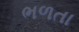
ભળતા